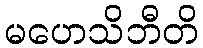
မဟေသိဘီတိ